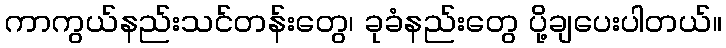
ကာကွယ်နည်းသင်တန်းတွေ၊ ခုခံနည်းတွေ ပို့ချပေးပါတယ်။